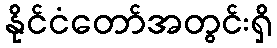
နိုင်ငံတော်အတွင်းရှိ